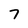
Character: 7